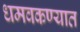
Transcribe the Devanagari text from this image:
धमवकण्यात